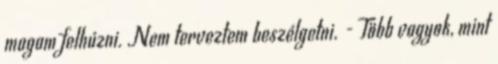
magam felhúzni. Nem terveztem beszélgetni. - Több vagyok, mint